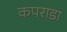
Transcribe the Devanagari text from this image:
कपराडा